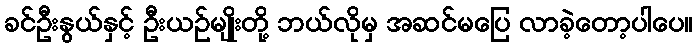
ခင်ဦးနွယ်နှင့် ဦးယဉ်မျိုးတို့ ဘယ်လိုမှ အဆင်မပြေ လာခဲ့တော့ပါပေ။